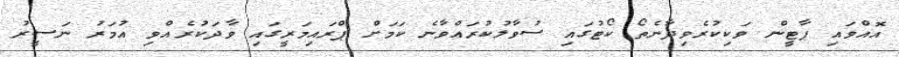
އޮއްވައި ޕާޓީން ވަކިކުރެވިދާނެތޯ ކޯޓުގައި ސުވާލުކުރައްވާނެ ކަމަށް ޕްރައިމަރީގައި ވާދަކުރެއްވި އުމަރު ނަސީރު